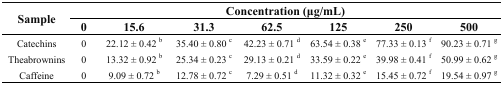
| <ROWSPAN=2> Sample | <COLSPAN=7> Concentration (μg/mL) |
 | 0 | 15.6 | 31.3 | 62.5 | 125 | 250 | 500 |
 | --- | --- | --- | --- | --- | --- | --- | --- |
 | Catechins | 0 | 22.12 ± 0.42b | 35.40 ± 0.80c | 42.23 ± 0.71d | 63.54 ± 0.38e | 77.33 ± 0.13f | 90.23 ± 0.71g |
 | Theabrownins | 0 | 13.32 ± 0.92b | 25.34 ± 0.23c | 29.13 ± 0.21d | 33.59 ± 0.22e | 39.98 ± 0.41f | 50.99 ± 0.62g |
 | Caffeine | 0 | 9.09 ± 0.72b | 12.78 ± 0.72c | 7.29 ± 0.51d | 11.32 ± 0.32e | 15.45 ± 0.72f | 19.54 ± 0.97g |